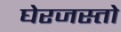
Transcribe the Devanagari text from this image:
घेरजस्तो